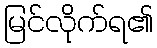
မြင်လိုက်ရ၏